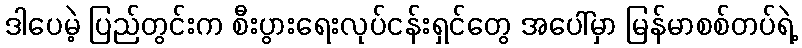
ဒါပေမဲ့ ပြည်တွင်းက စီးပွားရေးလုပ်ငန်းရှင်တွေ အပေါ်မှာ မြန်မာစစ်တပ်ရဲ့